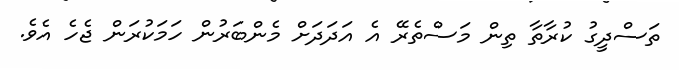
ތަސްދީގު ކުރާތާ ތިން މަސްތެރޭ އެ އަދަދަށް މެންބަރުން ހަމަކުރަން ޖެހެ އެވެ.